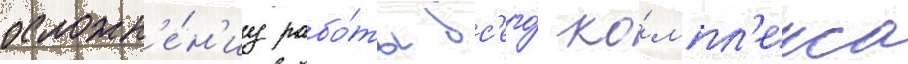
осложн'е́н'иу рабо́ты вс'его́ ко́мпл'екса